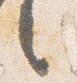
之